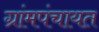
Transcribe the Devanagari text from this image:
ग्रांमपंचायत